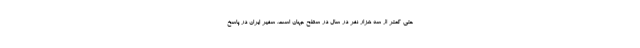
حتی کمتر از سه هزار نفر در سال در سطح جهان است. سفیر ایران در پاسخ